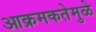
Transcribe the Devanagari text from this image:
आक्रमकतेमुळे